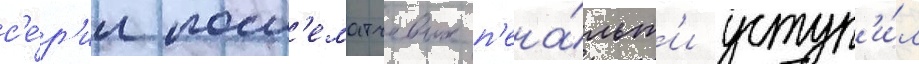
с'е́р'ии посл'ематчевых п'ена́льт'и уступ'и́л